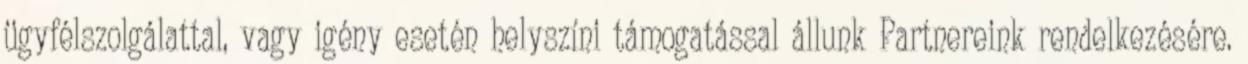
ügyfélszolgálattal, vagy igény esetén helyszíni támogatással állunk Partnereink rendelkezésére.